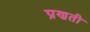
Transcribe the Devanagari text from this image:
प्रणती